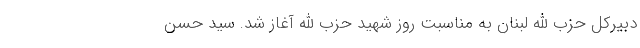
دبیرکل حزب الله لبنان به مناسبت روز شهید حزب الله آغاز شد. سید حسن